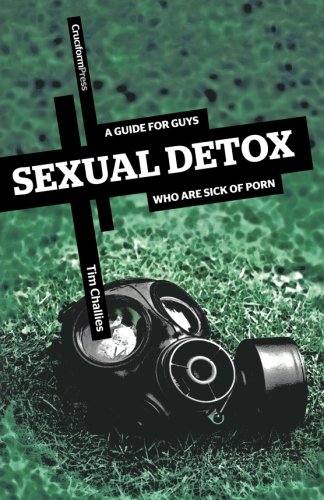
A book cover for Sexual Detox: A Guide for Guys Who Are Sick of Porn; Tim Challies; Christian Books & Bibles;